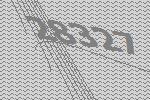
28327